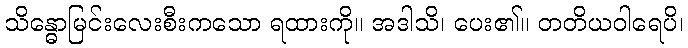
သိန္ဓောမြင်းလေးစီးကသော ရထားကို။ အဒါသိ၊ ပေး၏။ တတိယဝါရေပိ၊